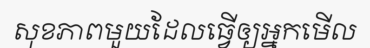
សុខភាពមួយដែលធ្វើឲ្យអ្នកមើល